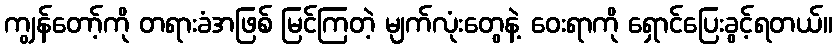
ကျွန်တော့်ကို တရားခံအဖြစ် မြင်ကြတဲ့ မျက်လုံးတွေနဲ့ ဝေးရာကို ရှောင်ပြေးခွင့်ရတယ်။